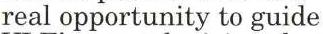
real opportunity to guide